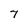
Character: 7